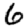
Digit: 6